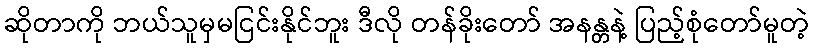
ဆိုတာကို ဘယ်သူမှမငြင်းနိုင်ဘူး ဒီလို တန်ခိုးတော် အနန္တနဲ့ ပြည့်စုံတော်မူတဲ့